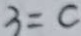
3 = c